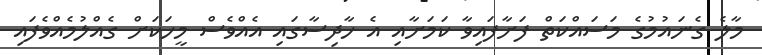
މާލެ ގެނައުމުގެ މަސައްކަތް ފަށާފައިވާ ކަމަށާއި އެ ހާދިސާގައި އެއްވެސް މީހަކަށް ގެއްލުމެއްވެފައި